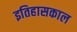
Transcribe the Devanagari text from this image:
इतिहासकाल